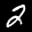
Label: 2